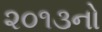
૨૦૧૩નો